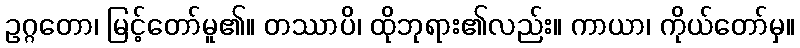
ဥဂ္ဂတော၊ မြင့်တော်မူ၏။ တဿာပိ၊ ထိုဘုရား၏လည်း။ ကာယာ၊ ကိုယ်တော်မှ။